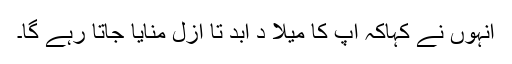
انہوں نے کہاکہ اپ کا میلا د ابد تا ازل منایا جاتا رہے گا۔